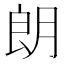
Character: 朗